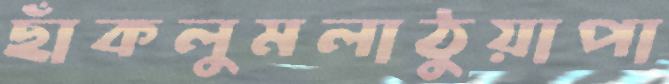
ছাঁকলুমলাঠুয়াপা